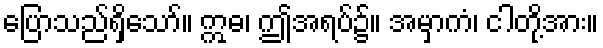
ပြောသည်ရှိသော်။ ဣဓ၊ ဤအရပ်၌။ အမှာကံ၊ ငါတို့အား။